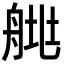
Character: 𦩄